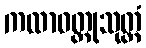
ကထာဝတ္ထုသုတ္တံ